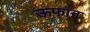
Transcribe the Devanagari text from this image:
ऊफान